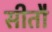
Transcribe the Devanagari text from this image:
सीतौ